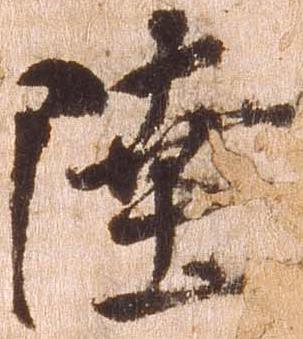
陸